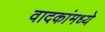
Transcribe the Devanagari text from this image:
वादकांमध्ये